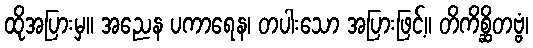
ထိုအပြားမှ။ အညေန ပကာရေန၊ တပါးသော အပြားဖြင့်။ တိကိစ္ဆိတဗ္ဗံ၊